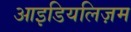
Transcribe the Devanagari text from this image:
आइडियलिज़म